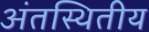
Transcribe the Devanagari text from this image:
अंतस्थितीय